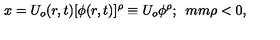
x = U _ { o } ( r , t ) [ \phi ( r , t ) ] ^ { \rho } \equiv U _ { o } \phi ^ { \rho } ; \hspace * { 5 m m } \rho < 0 ,